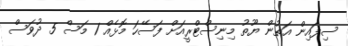
ސިފައިން އަތުން ޔޫތު މިނިސްޓްރީއަށް ފަސޭހަ މޮޅެއް 1 މަސް 5 ދުވަސް